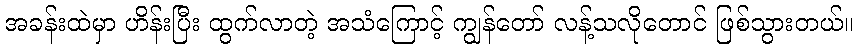
အခန်းထဲမှာ ဟိန်းပြီး ထွက်လာတဲ့ အသံကြောင့် ကျွန်တော် လန့်သလိုတောင် ဖြစ်သွားတယ်။